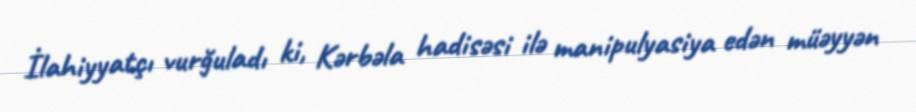
İlahiyyatçı vurğuladı ki, Kərbəla hadisəsi ilə manipulyasiya edən müəyyən